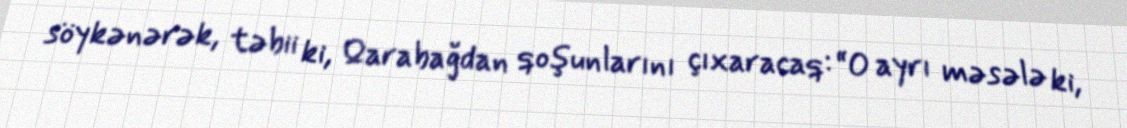
söykənərək, təbii ki, Qarabağdan qoşunlarını çıxaracaq: “O ayrı məsələ ki,